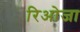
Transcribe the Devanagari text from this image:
रिओजा